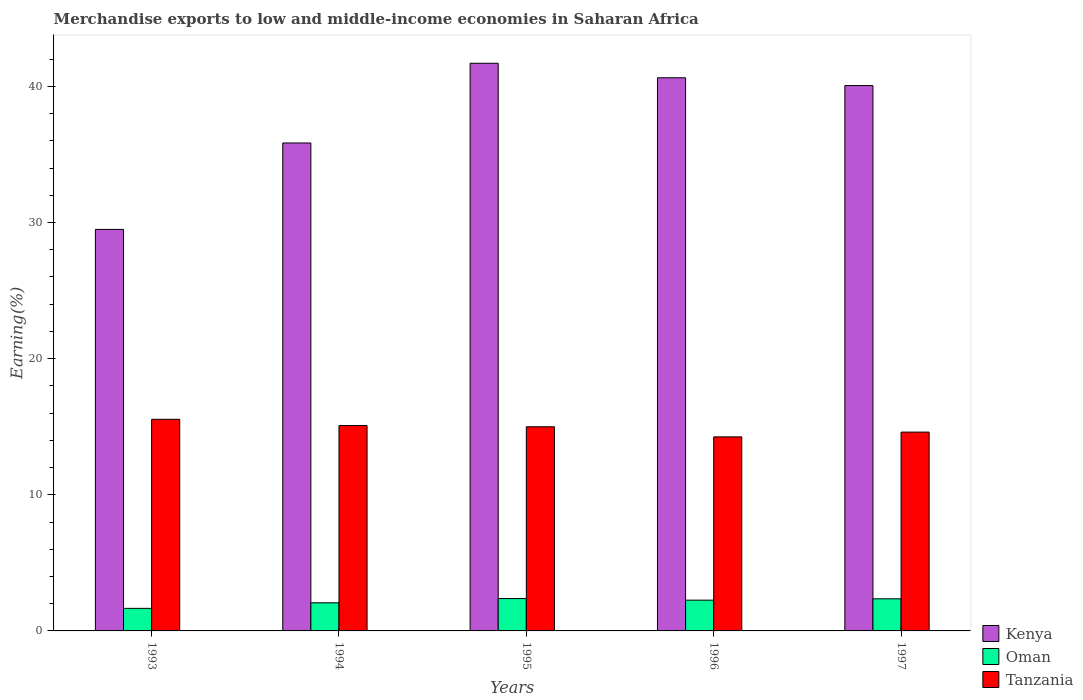
| Years | Kenya | Oman | Tanzania |
 | --- | --- | --- | --- |
 | 1993 | 29.5 | 1.66 | 15.5 |
 | 1994 | 35.8 | 2.07 | 15.1 |
 | 1995 | 41.7 | 2.38 | 15 |
 | 1996 | 40.6 | 2.26 | 14.3 |
 | 1997 | 40.1 | 2.36 | 14.6 |